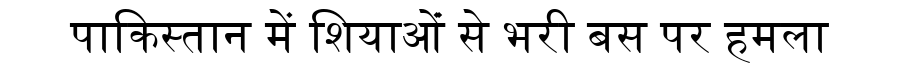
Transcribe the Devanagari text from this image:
पाकिस्तान में शियाओंं से भरी बस पर हमला